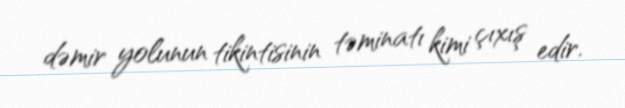
dəmir yolunun tikintisinin təminatı kimi çıxış edir.